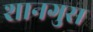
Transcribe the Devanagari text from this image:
शानगुस